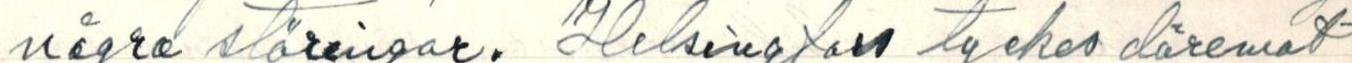
några störingar. Helsingfors tyckes därmot